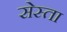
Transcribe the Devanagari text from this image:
सेस्ता